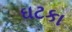
ઘટકા